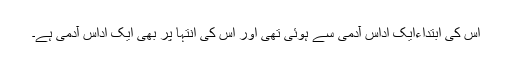
اس کی ابتداءایک اداس آدمی سے ہوئی تھی اور اس کی انتہا پر بھی ایک اداس آدمی ہے۔